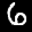
Label: 6